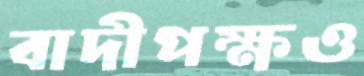
বাদীপক্ষও